Lunatic asylums Bombay report 1891-1903 - 1891-1903
Year: 1891
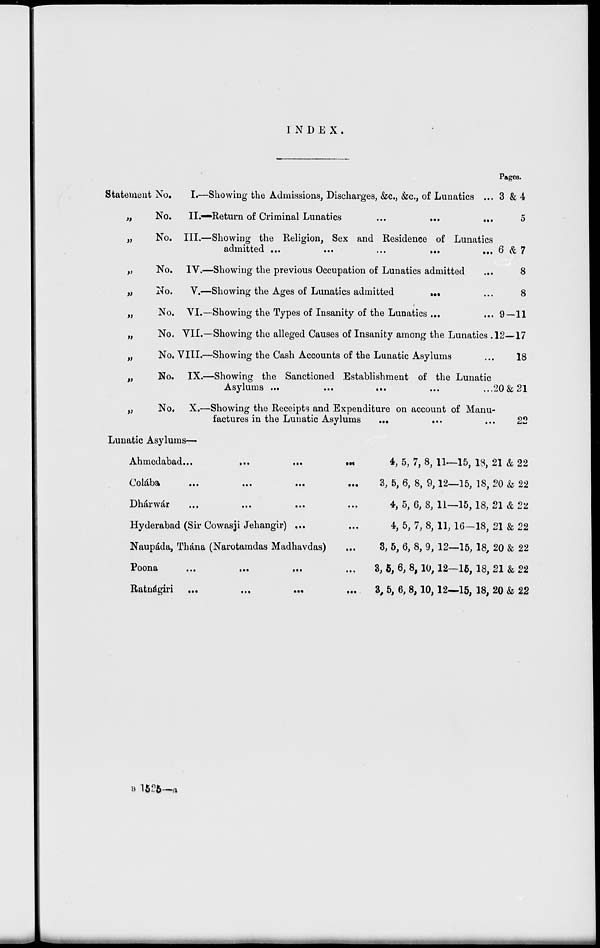
INDEX.
Statement No.
„
No.
„
No.
„
No.
„
No.
„ No.
„ No.
„
No.
„
No.
„
No.
I.—Showing the Admissions, Discharges, &c., &c., of Lunatics ...
II.—Return of Criminal Lunatics
...
...
...
III.—Showing the Religion, Sex and Residence of Lunatics
admitted ...
...
...
...
...
IV.—Showing the previous Occupation of Lunatics admitted
V.—Showing the Ages of Lunatics admitted
...
...
VI.—Showing the Types of Insanity of the Lunatics ... ...
VII.—Showing the alleged Causes of Insanity among the Lunatics .
VIII.—Showing the Cash Accounts of the Lunatic Asylums ...
IX.—Showing the Sanctioned Establishment of the Lunatic
Asylums
...
...
...
...
...
X.—Showing the Receipts and Expenditure on account of Manu-
factures in the Lunatic Asylums
... ... ...
Pages.
3 &4
0
6 &7
8
8
9—11
12—17
18
20&21
22
Lunatic Asylums—
Ahmedabad...
...
...
...
Colába
...
...
...
...
Dhárwár ... ... ... ...
Hyderabad (Sir Cowasji Jehangir) ... ...
Naupáda, Thána (Narotamdas Madhavdas) ...
Poona
...
...
...
...
Ratnágiri
...
...
...
...
4, 5, 7, 8, 11—15, 18, 21 & 22
3, 5, 6, 8, 9,12—15, 18, 20 & 22
4, 5, 6, 8, 11—15, 18, 21 & 22
4, 5, 7, 8, 11, 16—18, 21 & 22
3, 5, 6, 8, 9, 12—15, 18, 20 & 22
3, 5, 6, 8,10,12—15, 18, 21 & 22
3, 5, 6, 8,10,12—15, 18, 20 & 22
B 1525— a